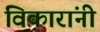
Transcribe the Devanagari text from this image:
विकारांनी